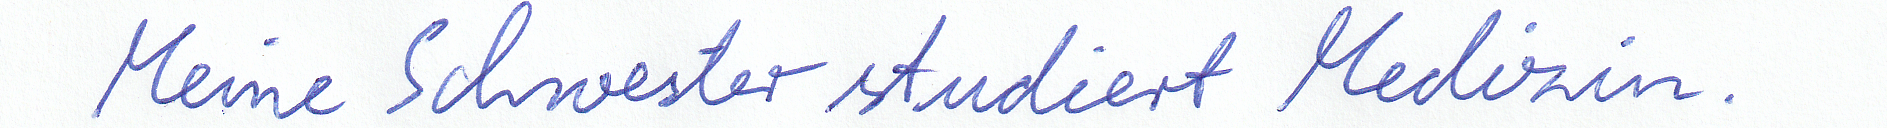
Meine Schwester studiert Medizin.